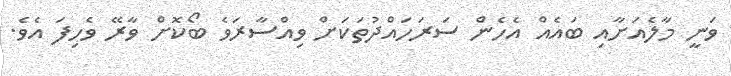
ވަނީ މާލެއަށާއި ބައެއް އެހެން ސަރަހައްދުތަކަށް ވިއްސާރަވެ ބޯކޮށް ވާރޭ ވެހިފަ އެވެ.